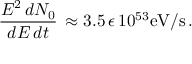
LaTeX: \frac { E ^ { 2 } \, d N _ { 0 } } { d E \, d t } \, \approx 3 . 5 \, \epsilon \, 1 0 ^ { 5 3 } \mathrm { e V / s } \, .